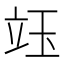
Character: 𥩨